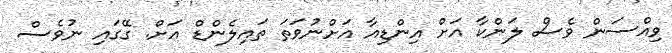
ވިއްސަން ވެސް ލަންކާ އަށް އިންޑިއާ އަށްނުވަތަ ތައިލެންޑް އަށް. ގޭގައި ނުވެސް